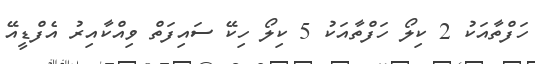
ހަފްތާއަކު 2 ކިލޯ ހަފްތާއަކު 5 ކިލޯ ހިކޭ ސައިފަތް ވިއްކާއިރު އެފްޑީއޭ